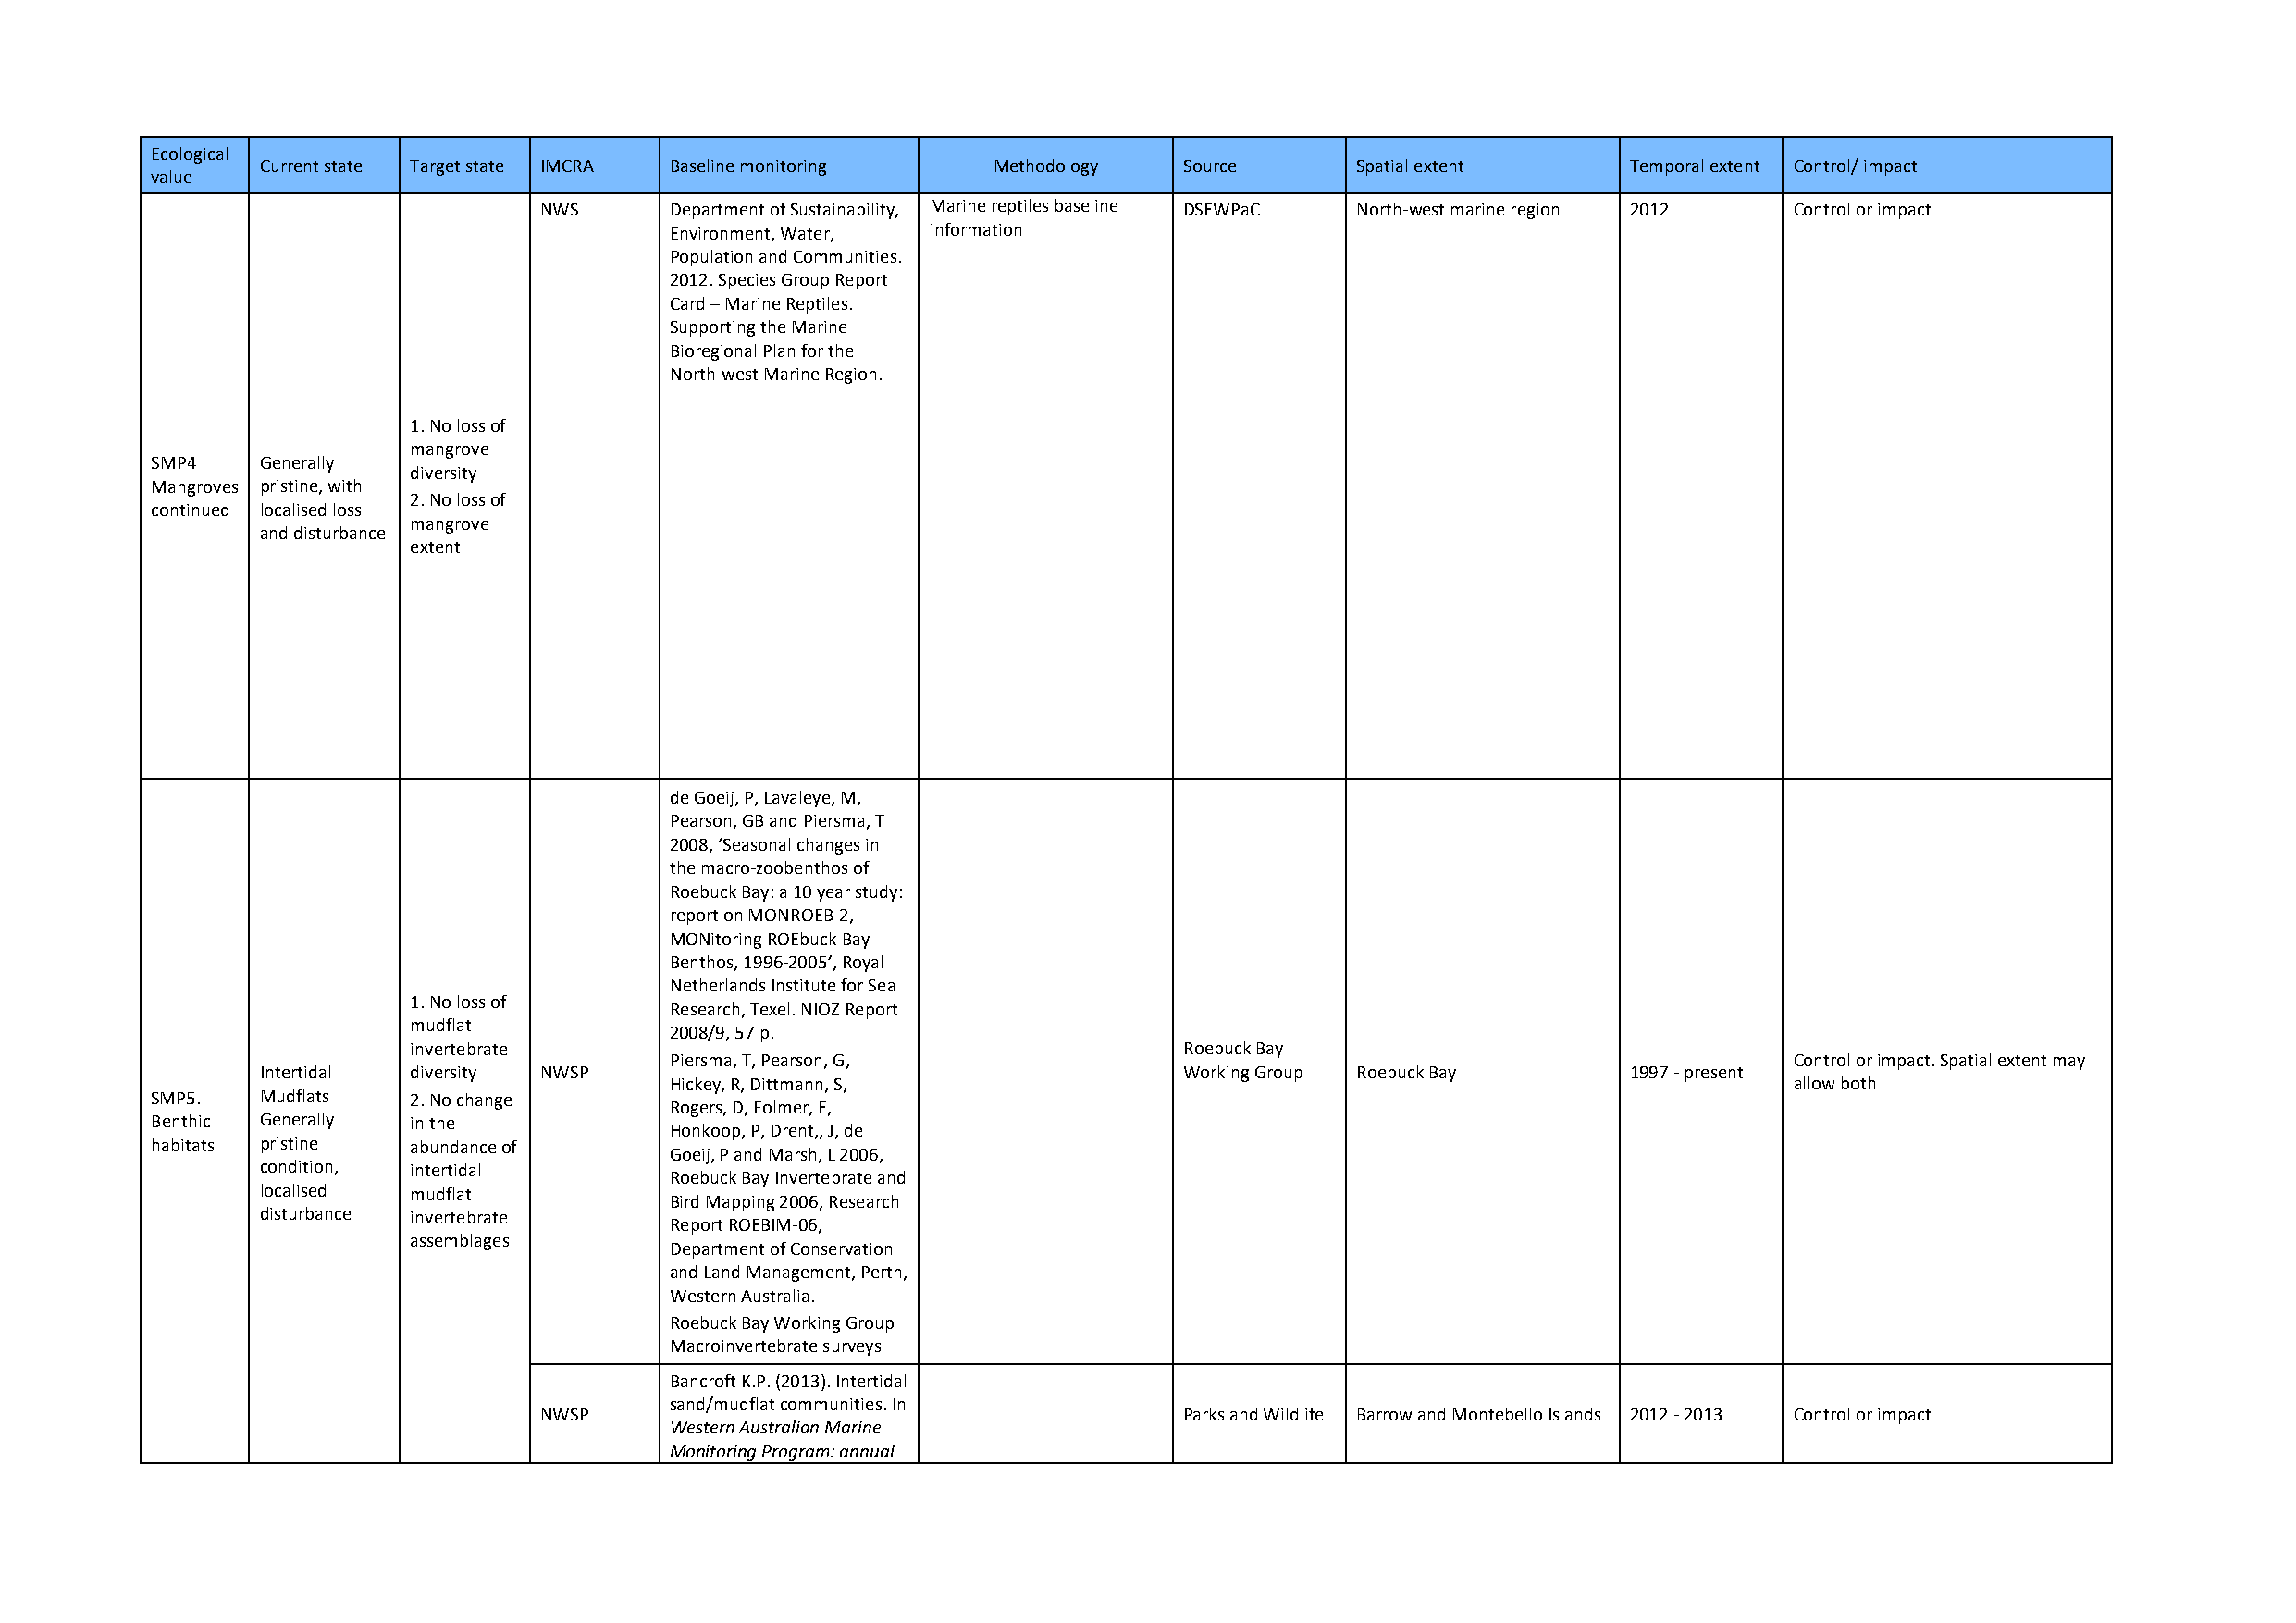
Ecological
 Current state Target state IMCRA Baseline monitoring Methodology  Source      Spatial extent      Temporal extent Control/ impact
 value
 NWS      Department of Sustainability, Marine reptiles baseline DSEWPaC North-west marine region 2012 Control or impact
 Environment, Water, information
 Population and Communities.
 2012. Species Group Report
 Card – Marine Reptiles.
 Supporting the Marine
 Bioregional Plan for the
 North-west Marine Region.
 1. No loss of
 mangrove
 SMP4    Generally
 diversity
 Mangroves pristine, with
 2. No loss of
 continued localised loss
 mangrove
 and disturbance
 extent
 de Goeij, P, Lavaleye, M,
 Pearson, GB and Piersma, T
 2008, ‘Seasonal changes in
 the macro-zoobenthos of
 Roebuck Bay: a 10 year study:
 report on MONROEB-2,
 MONitoring ROEbuck Bay
 Benthos, 1996-2005’, Royal
 Netherlands Institute for Sea
 1. No loss of
 Research, Texel. NIOZ Report
 mudflat
 2008/9, 57 p.
 invertebrate                                            Roebuck Bay
 Piersma, T, Pearson, G,                                                         Control or impact. Spatial extent may
 Intertidal diversity NWSP                                         Working Group Roebuck Bay       1997 - present
 Hickey, R, Dittmann, S,                                                         allow both
 SMP5.   Mudflats  2. No change
 Rogers, D, Folmer, E,
 Benthic Generally in the
 Honkoop, P, Drent,, J, de
 habitats pristine abundance of
 Goeij, P and Marsh, L 2006,
 condition, intertidal
 Roebuck Bay Invertebrate and
 localised mudflat
 Bird Mapping 2006, Research
 disturbance invertebrate
 Report ROEBIM-06,
 assemblages
 Department of Conservation
 and Land Management, Perth,
 Western Australia.
 Roebuck Bay Working Group
 Macroinvertebrate surveys
 Bancroft K.P. (2013). Intertidal
 sand/mudflat communities. In
 NWSP                                          Parks and Wildlife Barrow and Montebello Islands 2012 - 2013 Control or impact
 Western Australian Marine
 Monitoring Program: annual